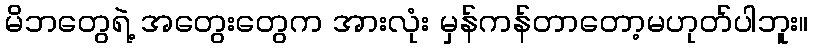
မိဘတွေရဲ့ အတွေးတွေက အားလုံး မှန်ကန်တာတော့မဟုတ်ပါဘူး။